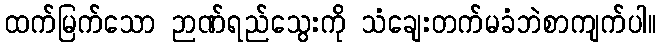
ထက်မြက်သော ဉာဏ်ရည်သွေးကို သံချေးတက်မခံဘဲစာကျက်ပါ။